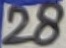
Text: 28